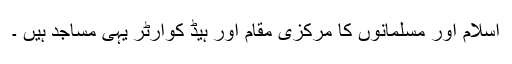
اسلام اور مسلمانوں کا مرکزی مقام اور ہیڈ کوارٹر یہی مساجد ہیں ۔